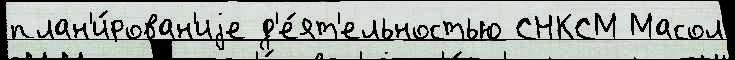
план'и́рован'иjе д'е́ят'ельностью СНКСМ Масол